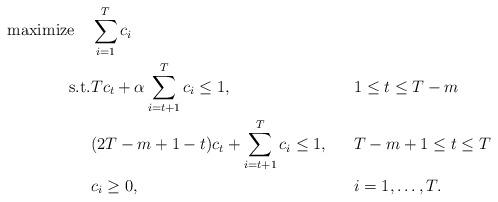
LaTeX: \begin{align*}\textrm{maximize}\quad&\sum_{i=1}^T c_i\\\textrm{s.t.}& Tc_t+\alpha\sum_{i=t+1}^T c_i\le 1, && 1\le t \le T-m\\& (2T-m+1-t)c_t+\sum_{i=t+1}^T c_i\le 1, && T-m+1 \le t \le T\\&c_i\ge 0, && i=1,\dots,T.\end{align*}